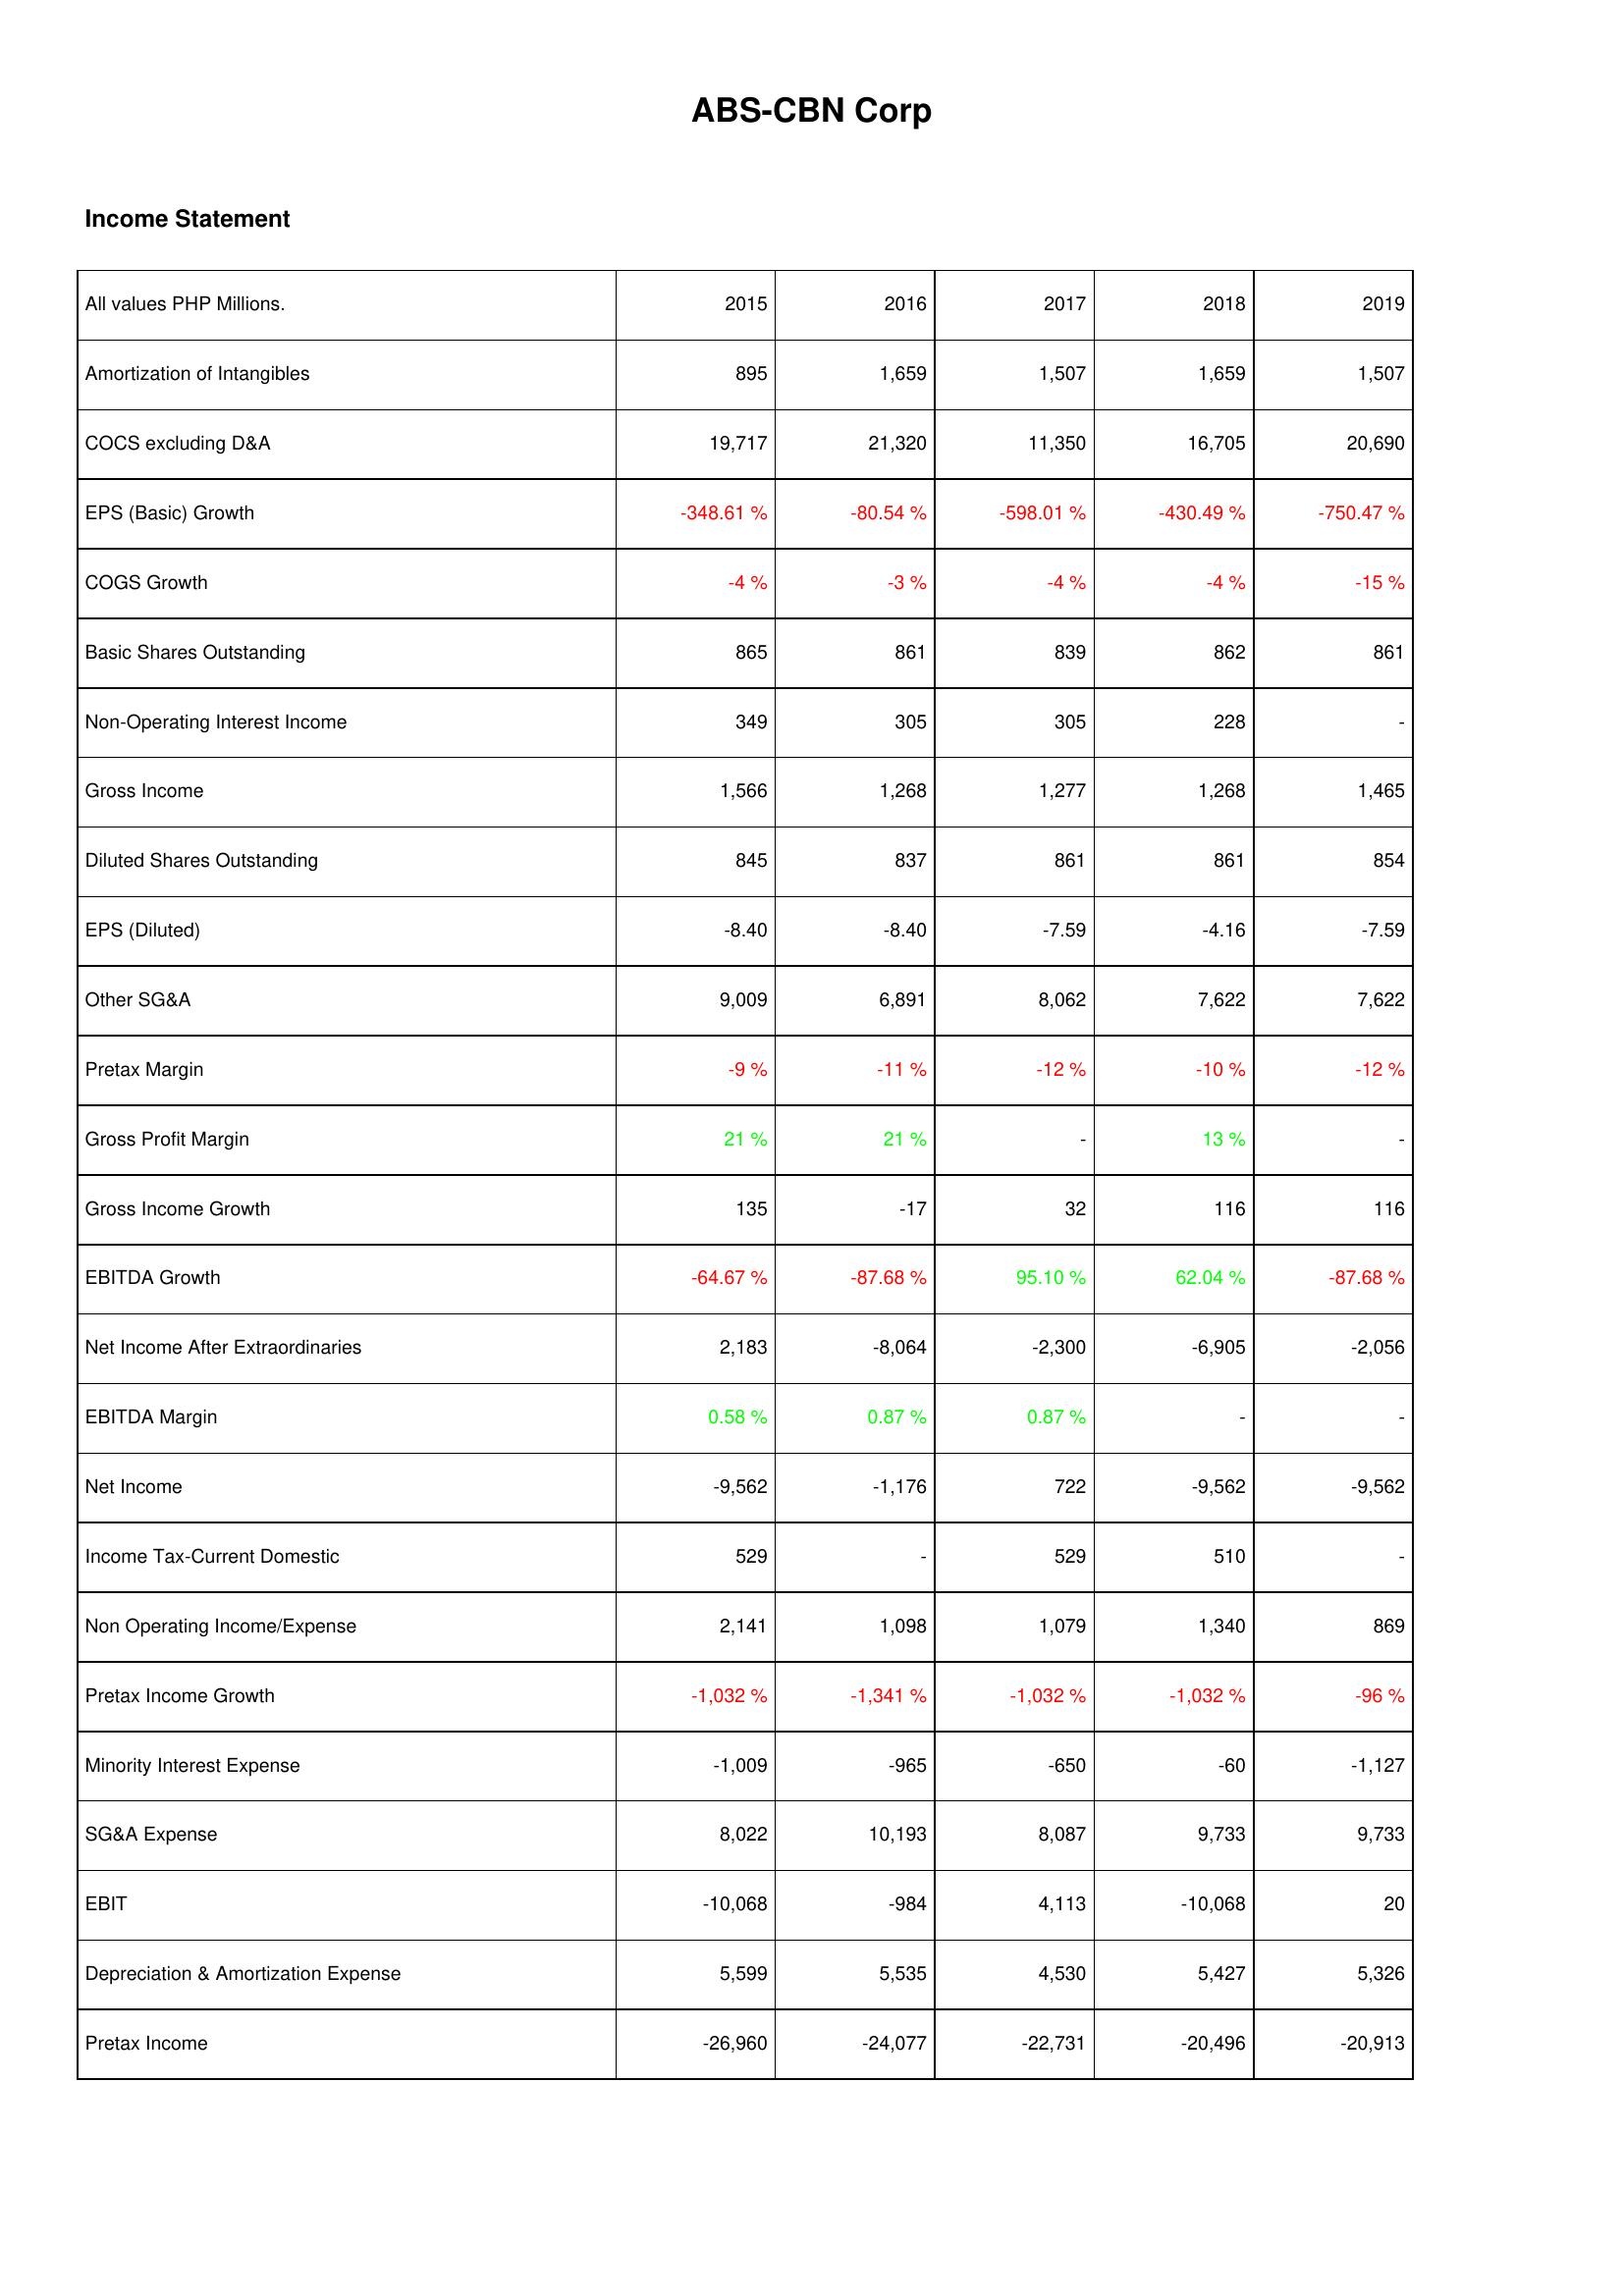
2015: Income Statement: Amortization of Intangibles: 895
COCS excluding D&A: 19,717
EPS (Basic) Growth: -348.61 %
COGS Growth: -4 %
Basic Shares Outstanding: 865
Non-Operating Interest Income: 349
Gross Income: 1,566
Diluted Shares Outstanding: 845
EPS (Diluted): -8.40
Other SG&A: 9,009
Pretax Margin: -9 %
Gross Profit Margin: 21 %
Gross Income Growth: 135
EBITDA Growth: -64.67 %
Net Income After Extraordinaries: 2,183
EBITDA Margin: 0.58 %
Net Income: -9,562
Income Tax-Current Domestic: 529
Non Operating Income/Expense: 2,141
Pretax Income Growth: -1,032 %
Minority Interest Expense: -1,009
SG&A Expense: 8,022
EBIT: -10,068
Depreciation & Amortization Expense: 5,599
Pretax Income: -26,960
2016: Income Statement: Amortization of Intangibles: 1,659
COCS excluding D&A: 21,320
EPS (Basic) Growth: -80.54 %
COGS Growth: -3 %
Basic Shares Outstanding: 861
Non-Operating Interest Income: 305
Gross Income: 1,268
Diluted Shares Outstanding: 837
EPS (Diluted): -8.40
Other SG&A: 6,891
Pretax Margin: -11 %
Gross Profit Margin: 21 %
Gross Income Growth: -17
EBITDA Growth: -87.68 %
Net Income After Extraordinaries: -8,064
EBITDA Margin: 0.87 %
Net Income: -1,176
Income Tax-Current Domestic: -
Non Operating Income/Expense: 1,098
Pretax Income Growth: -1,341 %
Minority Interest Expense: -965
SG&A Expense: 10,193
EBIT: -984
Depreciation & Amortization Expense: 5,535
Pretax Income: -24,077
2017: Income Statement: Amortization of Intangibles: 1,507
COCS excluding D&A: 11,350
EPS (Basic) Growth: -598.01 %
COGS Growth: -4 %
Basic Shares Outstanding: 839
Non-Operating Interest Income: 305
Gross Income: 1,277
Diluted Shares Outstanding: 861
EPS (Diluted): -7.59
Other SG&A: 8,062
Pretax Margin: -12 %
Gross Profit Margin: -
Gross Income Growth: 32
EBITDA Growth: 95.10 %
Net Income After Extraordinaries: -2,300
EBITDA Margin: 0.87 %
Net Income: 722
Income Tax-Current Domestic: 529
Non Operating Income/Expense: 1,079
Pretax Income Growth: -1,032 %
Minority Interest Expense: -650
SG&A Expense: 8,087
EBIT: 4,113
Depreciation & Amortization Expense: 4,530
Pretax Income: -22,731
2018: Income Statement: Amortization of Intangibles: 1,659
COCS excluding D&A: 16,705
EPS (Basic) Growth: -430.49 %
COGS Growth: -4 %
Basic Shares Outstanding: 862
Non-Operating Interest Income: 228
Gross Income: 1,268
Diluted Shares Outstanding: 861
EPS (Diluted): -4.16
Other SG&A: 7,622
Pretax Margin: -10 %
Gross Profit Margin: 13 %
Gross Income Growth: 116
EBITDA Growth: 62.04 %
Net Income After Extraordinaries: -6,905
EBITDA Margin: -
Net Income: -9,562
Income Tax-Current Domestic: 510
Non Operating Income/Expense: 1,340
Pretax Income Growth: -1,032 %
Minority Interest Expense: -60
SG&A Expense: 9,733
EBIT: -10,068
Depreciation & Amortization Expense: 5,427
Pretax Income: -20,496
2019: Income Statement: Amortization of Intangibles: 1,507
COCS excluding D&A: 20,690
EPS (Basic) Growth: -750.47 %
COGS Growth: -15 %
Basic Shares Outstanding: 861
Non-Operating Interest Income: -
Gross Income: 1,465
Diluted Shares Outstanding: 854
EPS (Diluted): -7.59
Other SG&A: 7,622
Pretax Margin: -12 %
Gross Profit Margin: -
Gross Income Growth: 116
EBITDA Growth: -87.68 %
Net Income After Extraordinaries: -2,056
EBITDA Margin: -
Net Income: -9,562
Income Tax-Current Domestic: -
Non Operating Income/Expense: 869
Pretax Income Growth: -96 %
Minority Interest Expense: -1,127
SG&A Expense: 9,733
EBIT: 20
Depreciation & Amortization Expense: 5,326
Pretax Income: -20,913